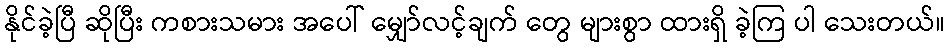
နိုင်ခဲ့ပြီ ဆိုပြီး ကစားသမား အပေါ် မျှော်လင့်ချက် တွေ များစွာ ထားရှိ ခဲ့ကြ ပါ သေးတယ်။